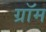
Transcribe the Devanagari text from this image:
ग्रॉम